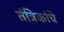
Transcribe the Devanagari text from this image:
तंत्रिकांचे